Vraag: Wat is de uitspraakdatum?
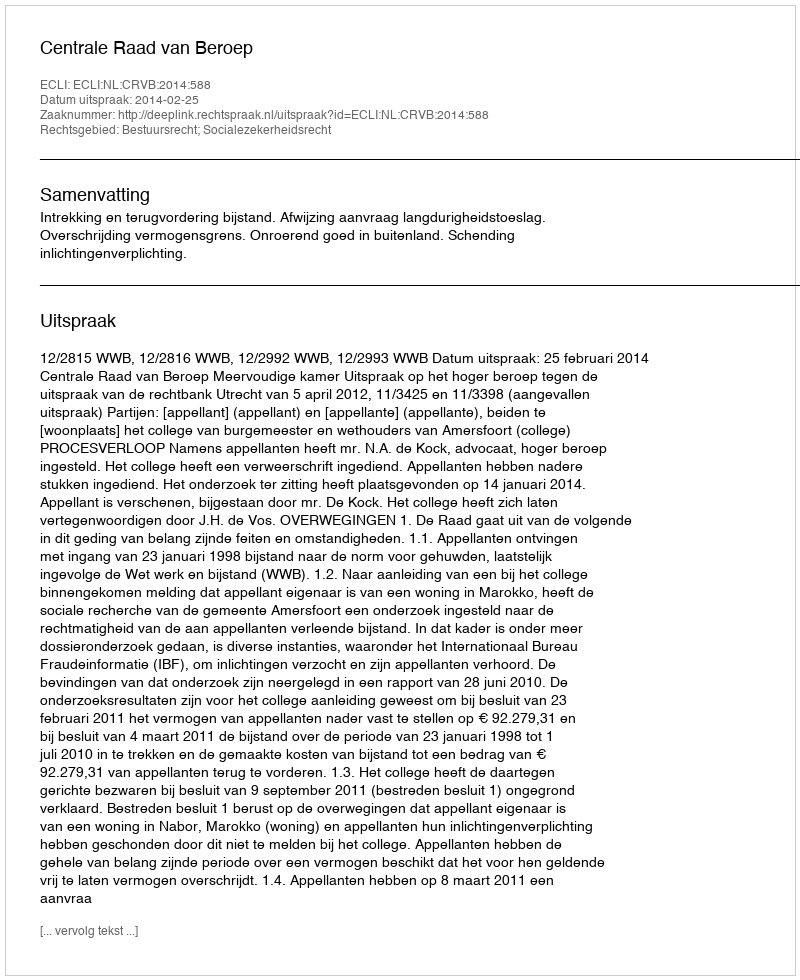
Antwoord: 2014-02-25